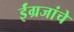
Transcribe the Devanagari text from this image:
ईंग्रजांचे